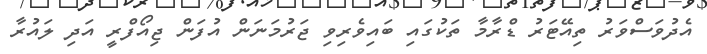
އެދުވަސްވަރު ތިއޭޓަރު ޑްރާމާ ތަކުގައި ބައިވެރިވި ޖަރުމަނަން އުފަން ޖިއޯފްރީ އަދި ލައުރާ